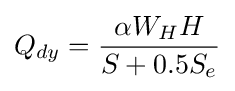
Q_{dy}={\frac {\alpha W_{H}H}{S+0.5S_{e}}}